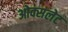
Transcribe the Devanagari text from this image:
ओक्सलेट